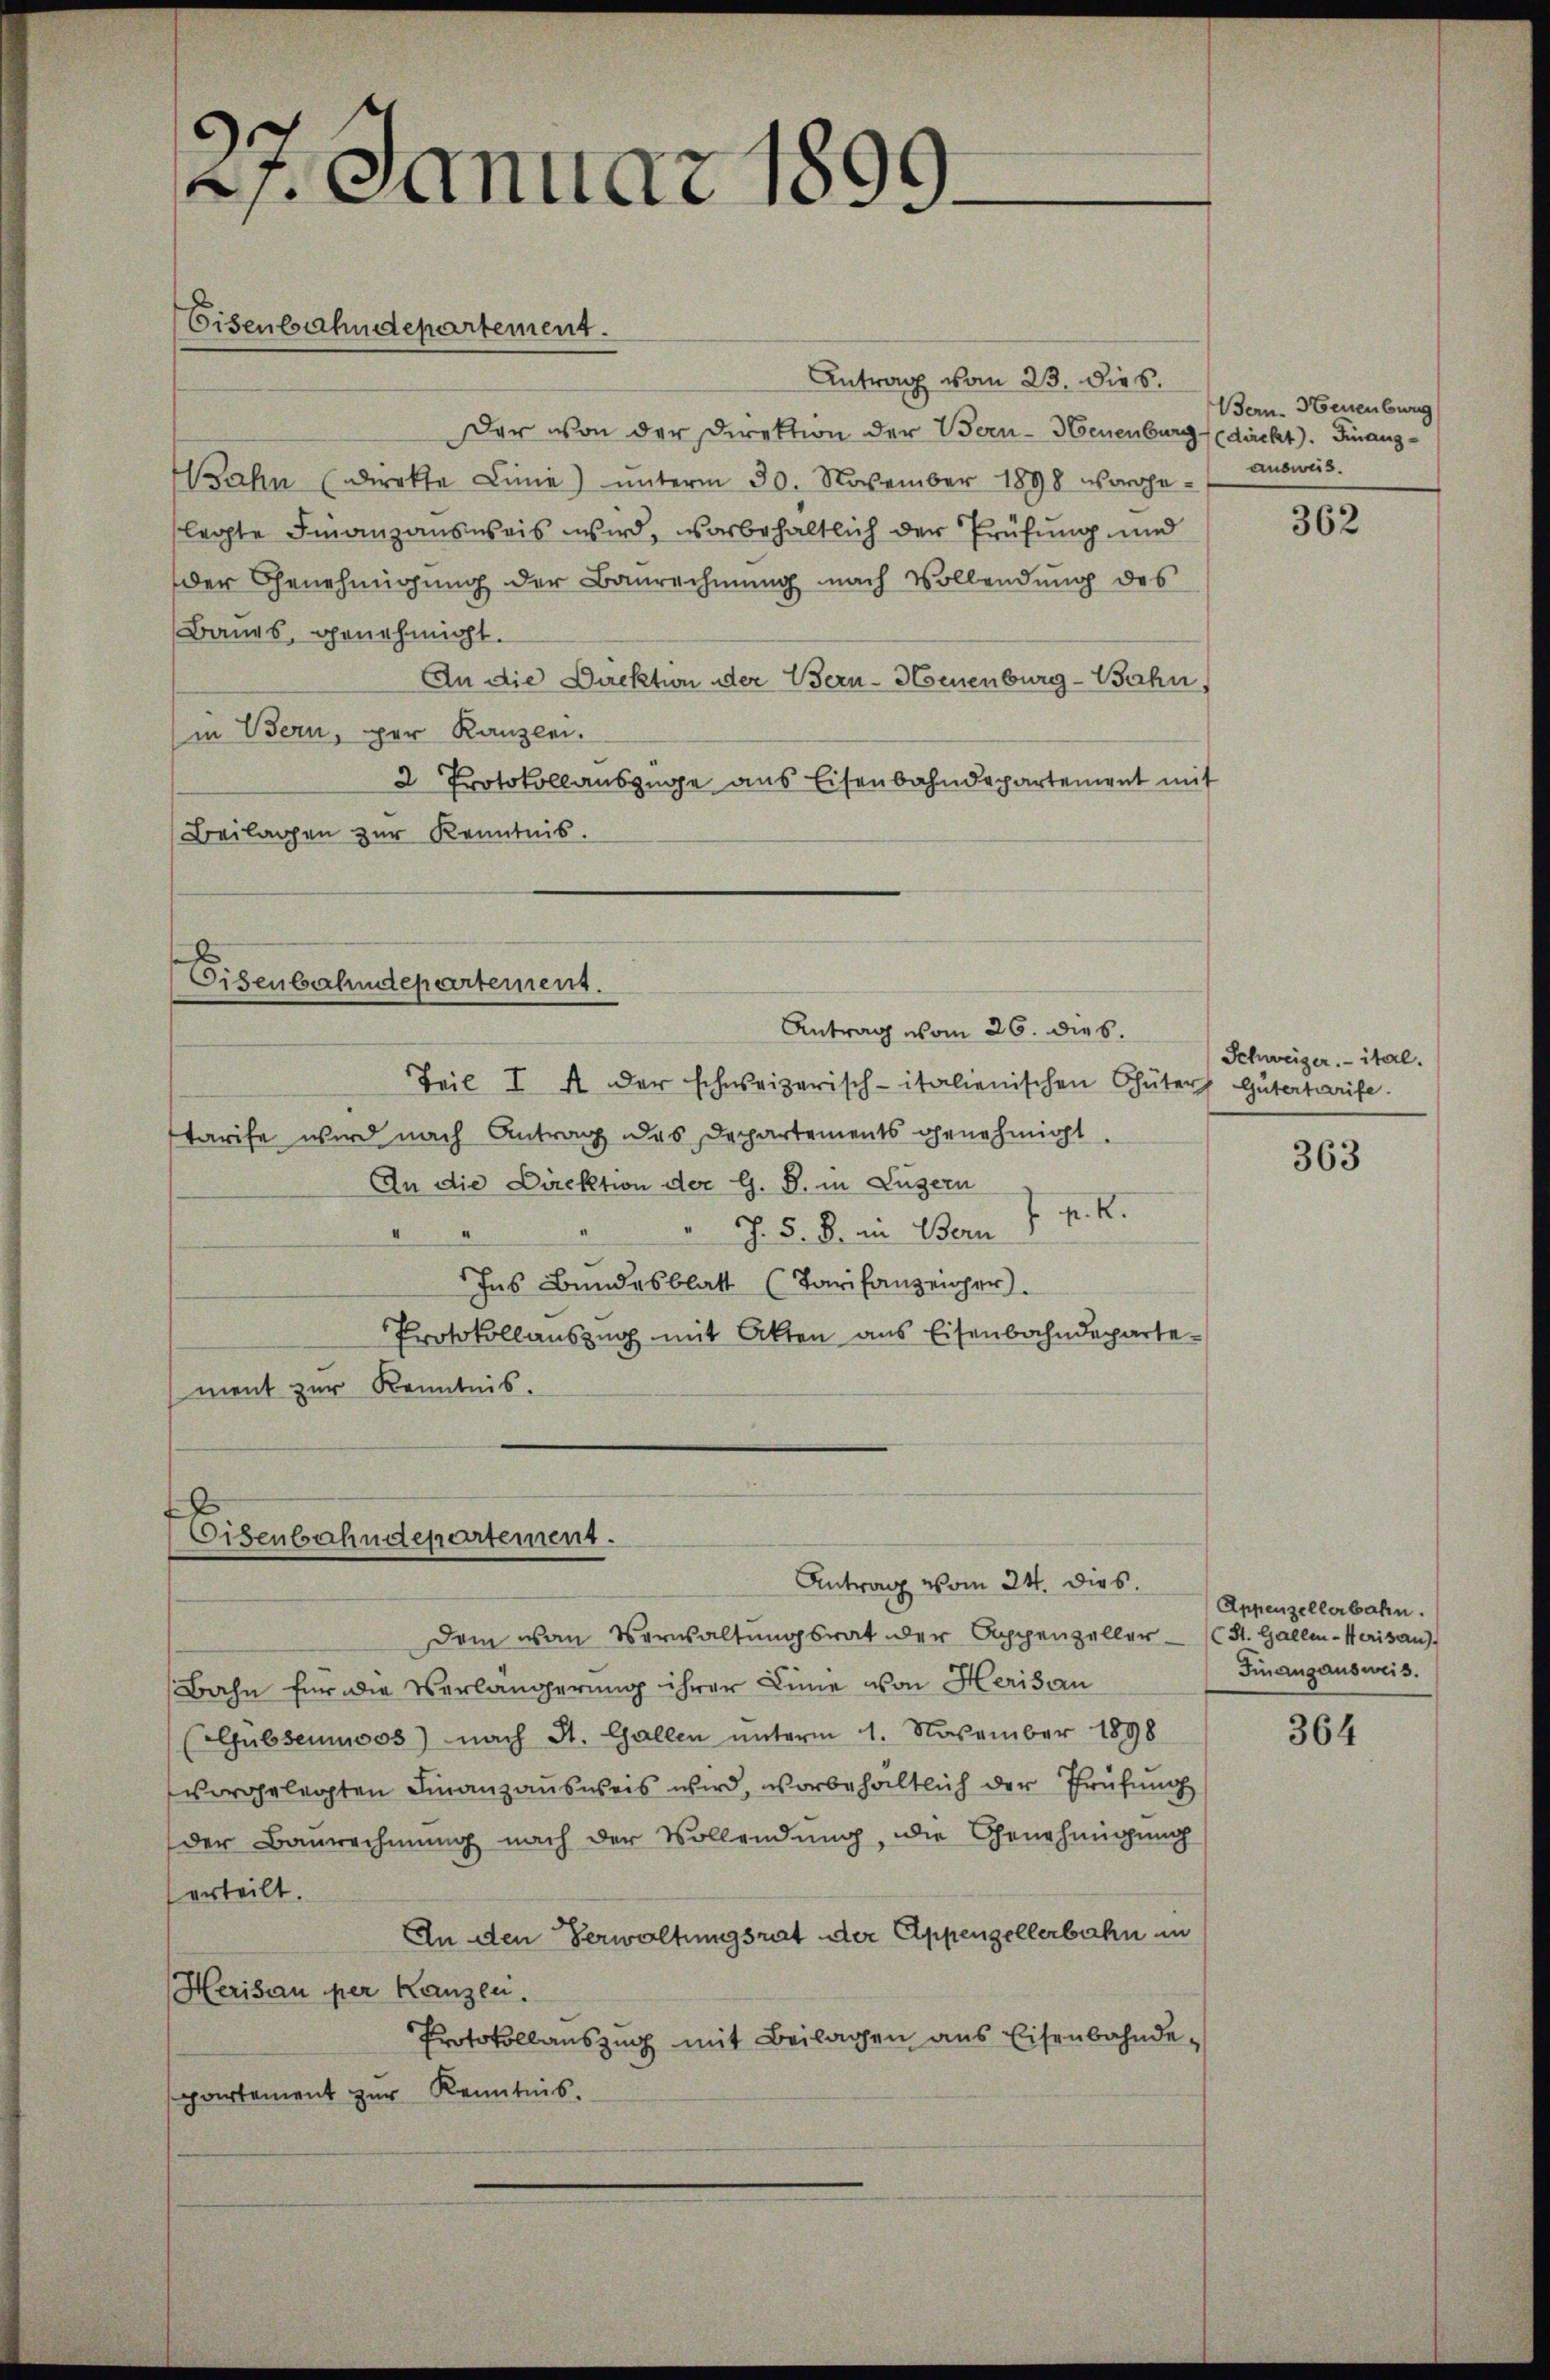
Antrag vom 23. dies
Der von der Direktion der Bern-Neuenburg (dächt). Finanzahn (direkte Linie) unterm 30. November 1898 vorgelegte Finanzausweis wird, was behaltlich der Prüfung und
der Genehmigung der Baurechnung nach Vollendung des
Baues, genehmigt.
An die Direktion der Bern-Neuenburg-Bahn,
in Bern, per Kanzlei.
2 Protokollauszüge aus Eisenbahndepartement mit
Beilagen zur Kenntnis.

27. Januar 1899.

Eisenbahndepartement.

Teil I A der schweizerisch-italienischen Güter Gütertarife
tarife wird nach Antrag des Dechartements genehmigt.
An die Direktion der G. B. in Luzern
p. K.
Rh. §. §. an Bern
.
Ins Bundesblatt (Tarifanzeiger.
Protokollauszug mit Akten aus Eisenbahndepartement zur Kenntnis.

Eisenbahndepartement.

Eisenbahndepartement.
Antrag vom 24. dies.

Antrag vom 26. dies.

Schweizer. - ital.

Dem von Verwaltungsrat der Appenzeller (St. Gallen-Werisau,
Bahn für die Verlängerung ihrer Linie von Herisau
(Gubsenmoos) nach St. Gallen unterm 1. November 1898
vorgelegten Finanzausweis wird, vorbehaltlich der Prüfung
der Baurechnung nach der Vollendung, die Genehmigung
erteilt.
An den Verwaltungsrat der Appenzellerbahn in
Herisau per Kanzlei.
Protokollauszug mit Beilagen aus Eisenbahndepartement zur Kenntnis.

Bern. Neuenburg
ausweis.

362

363

Appenzellerbahn.
Finanzausweis.

364